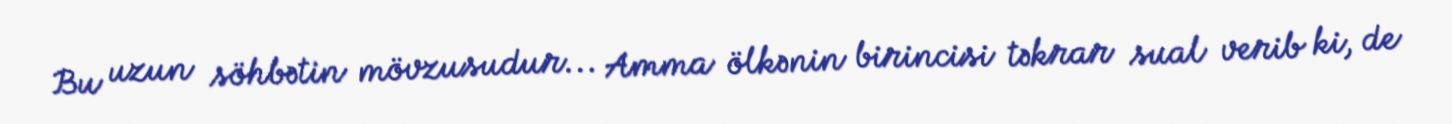
Bu uzun söhbətin mövzusudur... Amma ölkənin birincisi təkrar sual verib ki, de